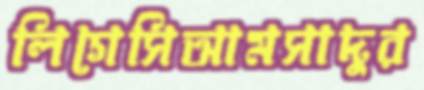
লিগেসিআমসাদুর